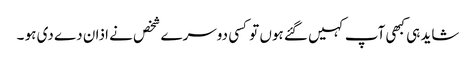
شاید ہی کبھی آپ کہیں گئے ہوں تو کسی دوسرے شخص نے اذان دے دی ہو ۔